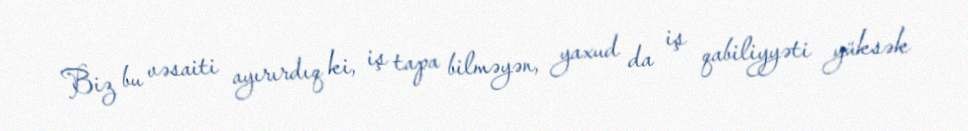
Biz bu vəsaiti ayırırdıq ki, iş tapa bilməyən, yaxud da iş qabiliyyəti yüksək